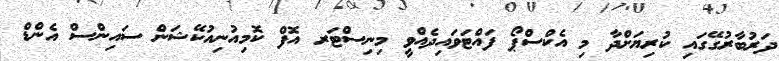
ދަރުބާރުގޭގައި ކުރިޔަށްދާ މި އެކްސްޕޯ ފައްޓަވައިދެއްވީ މިނިސްޓަރ އޮފް ކޮމިއުނިއުކޭޝަން ސައިންސް އެންޑް